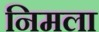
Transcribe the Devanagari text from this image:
निमला